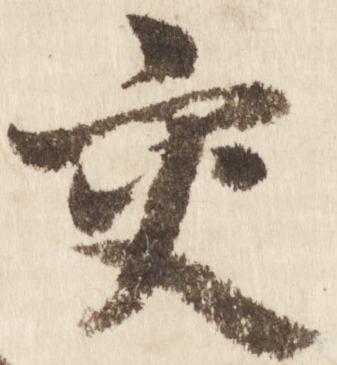
交